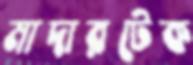
মাদারটেক